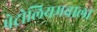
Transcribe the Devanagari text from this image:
पेट्रोलियमवाला